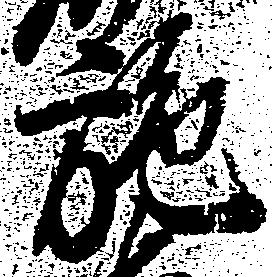
施